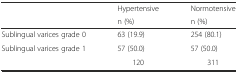
<table><thead><tr><td rowspan="2"></td><td><b>Hypertensive</b></td><td><b>Normotensive</b></td></tr><tr><td><b>n (%)</b></td><td><b>n (%)</b></td></tr></thead><tbody><tr><td>Sublingual varices grade 0</td><td>63 (19.9)</td><td>254 (80.1)</td></tr><tr><td>Sublingual varices grade 1</td><td>57 (50.0)</td><td>57 (50.0)</td></tr><tr><td></td><td>120</td><td>311</td></tr></tbody></table>